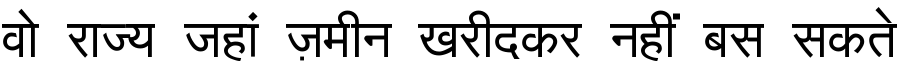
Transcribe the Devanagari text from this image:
वो राज्य जहां ज़मीन खरीदकर नहीं बस सकते